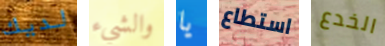
لديك والشيء يا استطاع الخدع